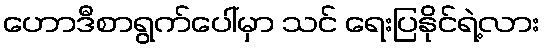
ဟောဒီစာရွက်ပေါ်မှာ သင် ရေးပြနိုင်ရဲ့လား